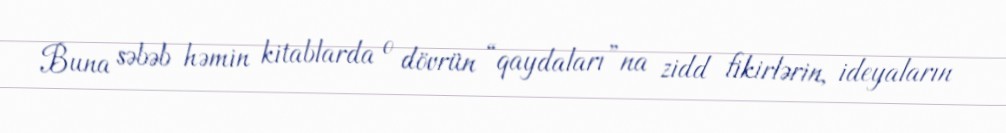
Buna səbəb həmin kitablarda o dövrün “qaydaları”na zidd fikirlərin, ideyaların